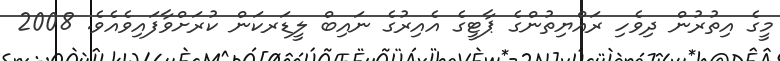
މީގެ އިތުރުން ދިވެހި ރައްޔިތުންގެ ޕާޓީގެ އެއިރުގެ ނައިބް ލީޑަރކަން ކުރަށްވާފައިވެއެވެ. 2008